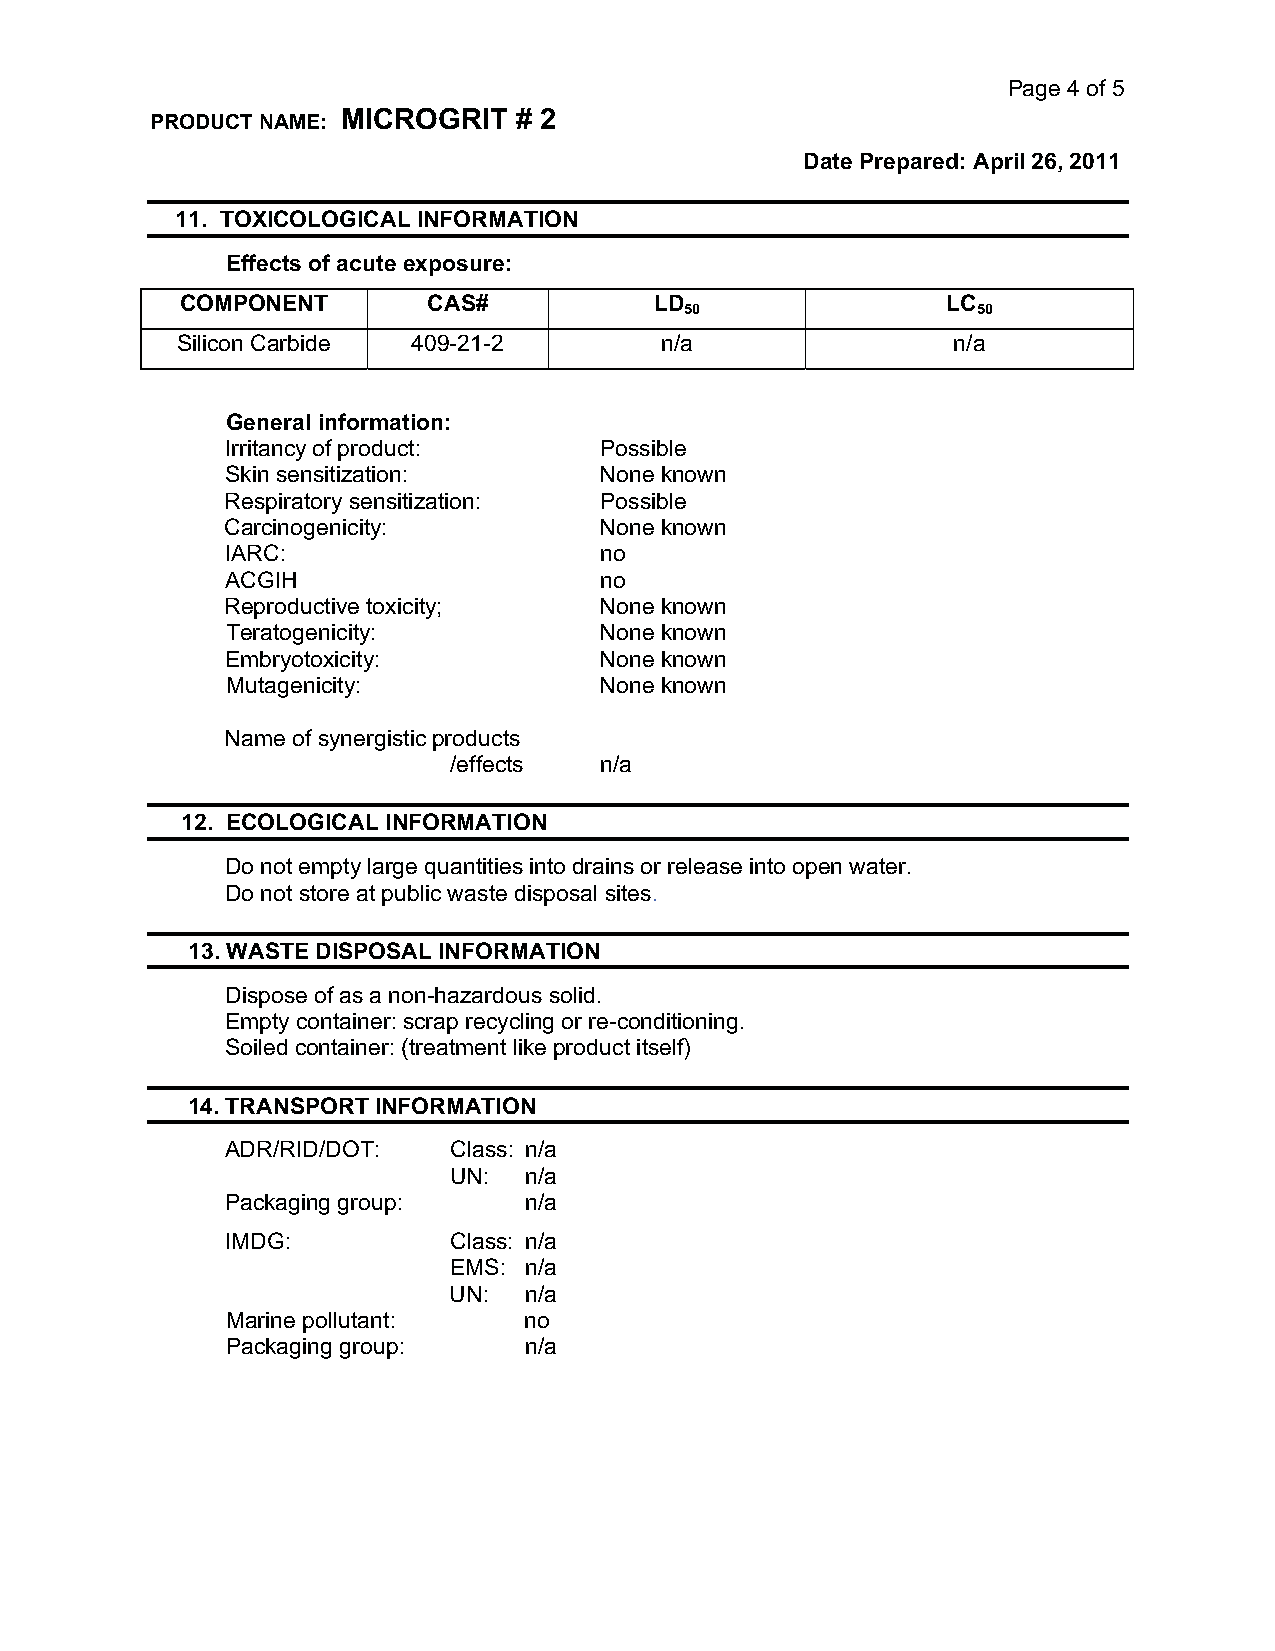
Page 4 of 5
 MICROGRIT  # 2
 PRODUCT NAME:
 Date Prepared: April 26, 2011
 11. TOXICOLOGICAL INFORMATION
 Effects of acute exposure:
 COMPONENT       CAS#           LD                  LC
 50                  50
 Silicon Carbide 409-21-2        n/a                n/a
 General information:
 Irritancy of product:    Possible
 Skin sensitization:      None known
 Respiratory sensitization: Possible
 Carcinogenicity:         None known
 IARC:                    no
 ACGIH                    no
 Reproductive toxicity;   None known
 Teratogenicity:          None known
 Embryotoxicity:          None known
 Mutagenicity:            None known
 Name of synergistic products
 /effects  n/a
 12. ECOLOGICAL INFORMATION
 Do not empty large quantities into drains or release into open water.
 Do not store at public waste disposal sites.
 13. WASTE DISPOSAL INFORMATION
 Dispose of as a non-hazardous solid.
 Empty container: scrap recycling or re-conditioning.
 Soiled container: (treatment like product itself)
 14. TRANSPORT INFORMATION
 ADR/RID/DOT:   Class: n/a
 UN:  n/a
 Packaging group:    n/a
 IMDG:          Class: n/a
 EMS: n/a
 UN:  n/a
 Marine pollutant:   no
 Packaging group:    n/a